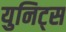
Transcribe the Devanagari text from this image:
युनिट्स